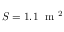
S = 1 . 1 ~ \mathrm { ~ m ~ } ^ { 2 }